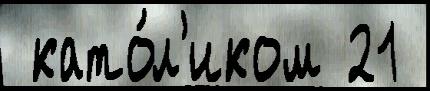
 като́л'иком 21